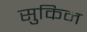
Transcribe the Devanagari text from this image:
सुकिन